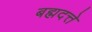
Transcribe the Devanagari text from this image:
बह्मदत्ते